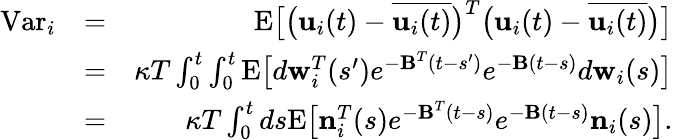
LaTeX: \begin{array}{rlr}{\mathrm{Var}_{i}}&{=}&{\mathrm{E}\big[\big({\mathbf{u}}_{i}(t)-\overline{{{\mathbf{u}}_{i}(t)}}\big)^{T}\big({\mathbf{u}}_{i}(t)-\overline{{{\mathbf{u}}_{i}(t)}}\big)\big]}\\ &{=}&{\kappa T\int_{0}^{t}\int_{0}^{t}\mathrm{E}\big[d{\mathbf w}_{i}^{T}(s^{\prime})e^{{-\mathbf B}^{T}(t-s^{\prime})}e^{{-\mathbf B}(t-s)}d{\mathbf w}_{i}(s)\big]}\\ &{=}&{\kappa T\int_{0}^{t}ds\mathrm{E}\big[{\mathbf n}_{i}^{T}(s)e^{{-\mathbf B}^{T}(t-s)}e^{{-\mathbf B}(t-s)}{\mathbf n}_{i}(s)\big].}\end{array}